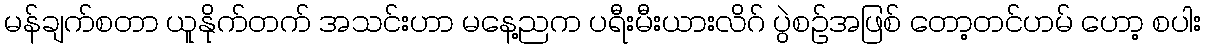
မန်ချက်စတာ ယူနိုက်တက် အသင်းဟာ မနေ့ညက ပရီးမီးယားလိဂ် ပွဲစဥ်အဖြစ် တော့တင်ဟမ် ဟော့ စပါး